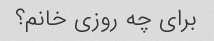
برای چه روزی خانم؟